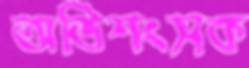
অভিশংসক